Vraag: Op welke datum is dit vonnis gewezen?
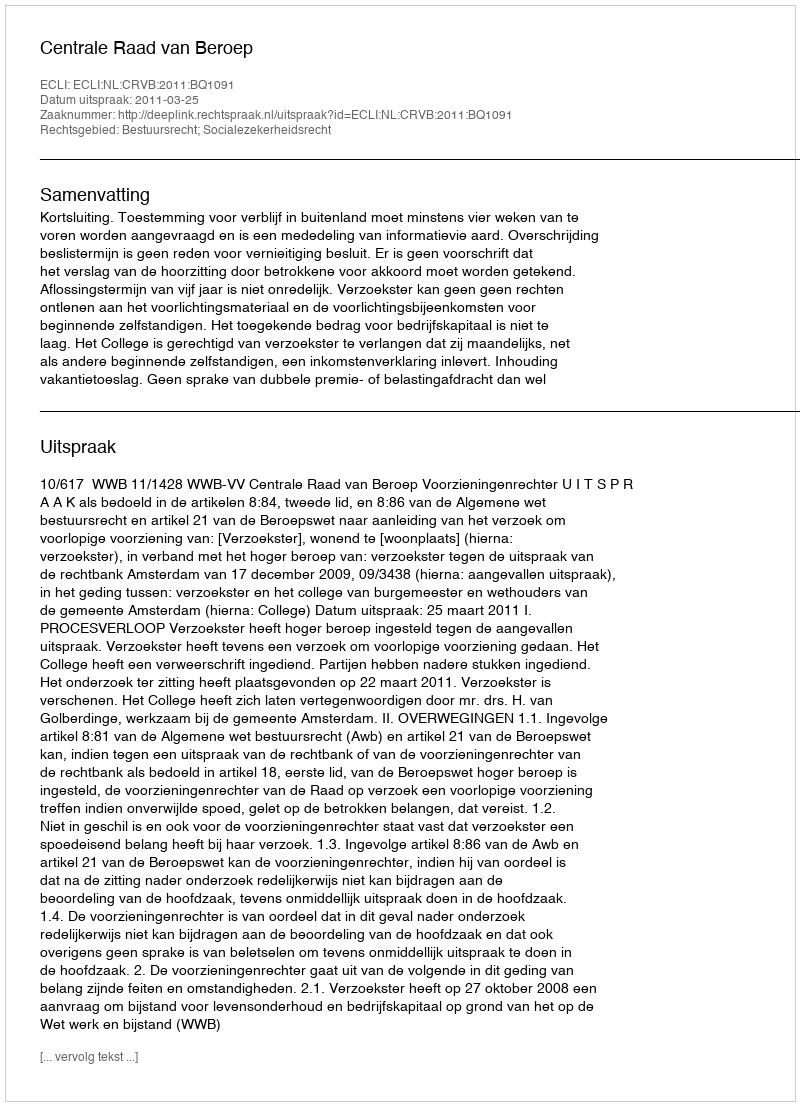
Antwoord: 2011-03-25